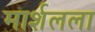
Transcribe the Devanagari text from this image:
मार्शलला